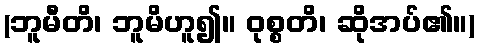
(ဘူမီတိ၊ ဘူမိဟူ၍။ ဝုစ္စတိ၊ ဆိုအပ်၏။)